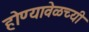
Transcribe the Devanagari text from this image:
होण्यावेळच्यी